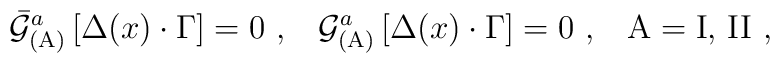
{\bar{{\cal G}}}_{{\rm (A)}}^a\left[ \Delta (x)\cdot \Gamma \right]=0\,\,,\,\,\,\,\,{\cal G}_{{\rm (A)}}^a\left[ \Delta (x)\cdot \Gamma \right]=0\,\,,\;\;\;{\rm A}= {\rm I},\,{\rm II} \,\,,